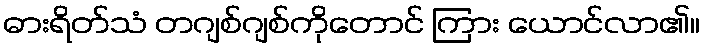
ဓားရိတ်သံ တဂျစ်ဂျစ်ကိုတောင် ကြား ယောင်လာ၏။